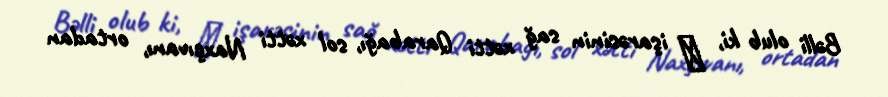
Bəlli olub ki, ∀ işarəsinin sağ xətti Qarabağı, sol xətti Naxçıvanı, ortadan